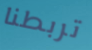
تربطنا